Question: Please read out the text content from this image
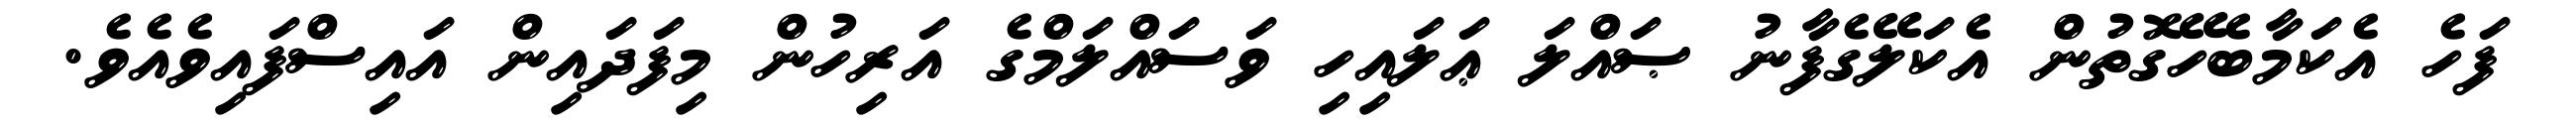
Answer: ފަހެ އެކަމާބެހޭގޮތުން އެކަލޭގެފާނު ޞައްލަ ޢަލައިހި ވަސައްލަމްގެ އަރިހުން މިފަދައިން އައިސްފައިވެއެވެ.